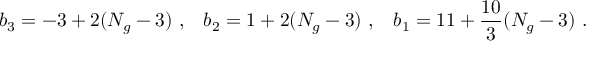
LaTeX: b _ { 3 } = - 3 + 2 ( N _ { g } - 3 ) ~ , \; \; \; b _ { 2 } = 1 + 2 ( N _ { g } - 3 ) ~ , \; \; \; b _ { 1 } = 1 1 + \frac { 1 0 } { 3 } ( N _ { g } - 3 ) ~ .